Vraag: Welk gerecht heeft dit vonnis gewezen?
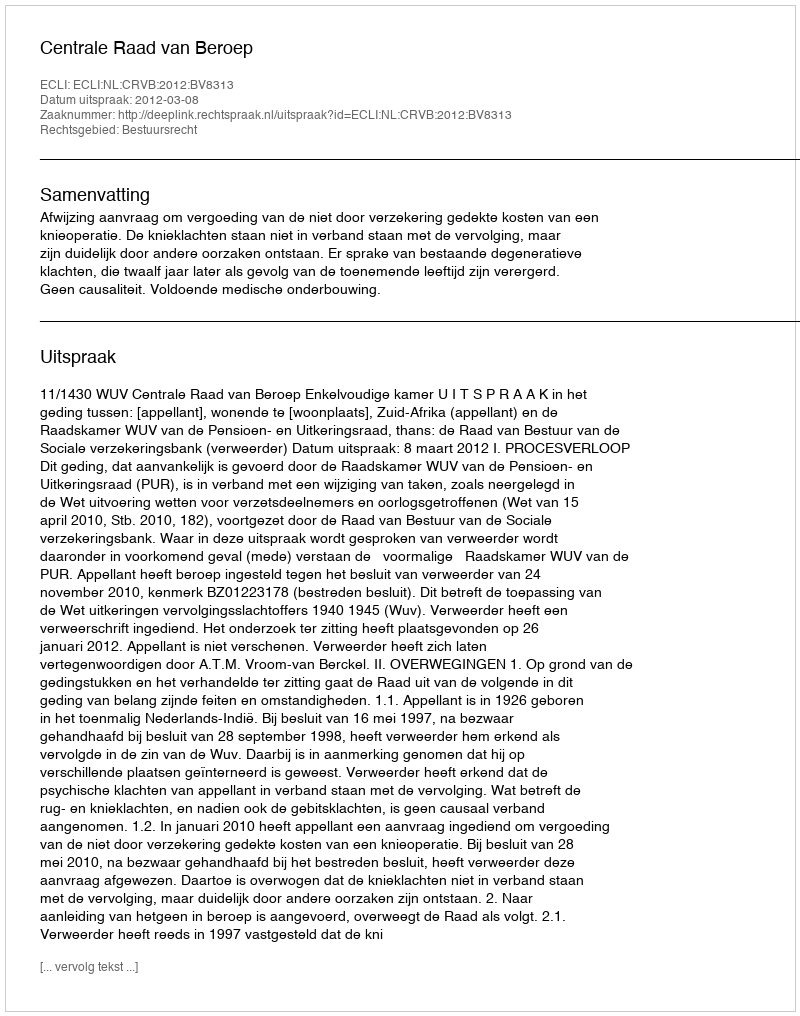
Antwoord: Centrale Raad van Beroep